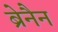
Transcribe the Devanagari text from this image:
ब्रेनैन